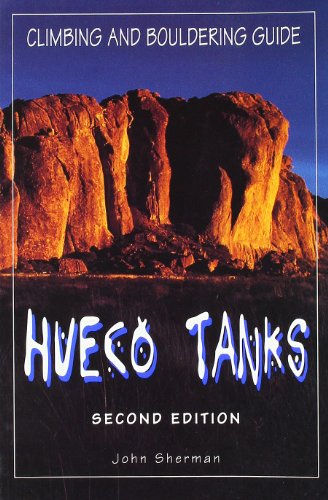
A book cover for Hueco Tanks Climbing and Bouldering Guide (Regional Rock Climbing Series); John Sherman; Sports & Outdoors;